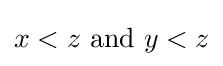
x<z{\text{ and }}y<z